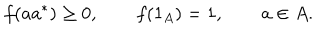
f ( a a ^ { * } ) \geq 0 , \qquad f ( 1 _ { A } ) = 1 , \qquad a \in A .